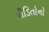
પીડિતોનો